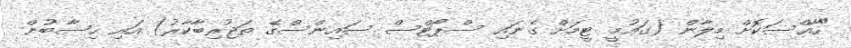
"ހާއްސަކޮށް މިލާން (ގައުމީ ޓީމަށް ގެނައި ސްޕޯޓްސް ސައިންސްގެ ތަޖުރިބާކާރު) އައި ހިސާބުން